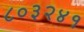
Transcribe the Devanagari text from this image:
८०३२४१